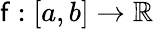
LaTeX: \mathsf{f}:[a,b]\rightarrow\mathbb{{R}}